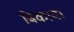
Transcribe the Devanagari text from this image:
बिकाय।